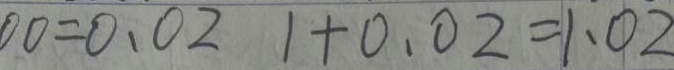
0 0 = 0 . 0 2 1 + 0 . 0 2 = 1 . 0 2